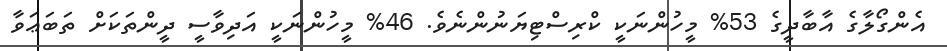
އެންގޯލާގެ އާބާދީގެ 53% މީހުންނަކީ ކްރިސްޓިޔަނުންނެވެ. 46% މީހުންނަކީ އަދިވާސީ ދީންތަކަށް ތަބަޢަވާ